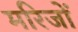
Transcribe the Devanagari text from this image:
मरिजों